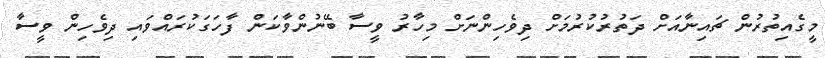
މީގެއިތުރުން ޗައިނާއަށް ދަތުރުކުރުމަށް ދިވެހިންނަށް މިހާރު ވީސާ ބޭނުންވާކަން ފާހަގަކުރައްވައި ދިވެހިން ވީސާ